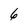
Character: 6